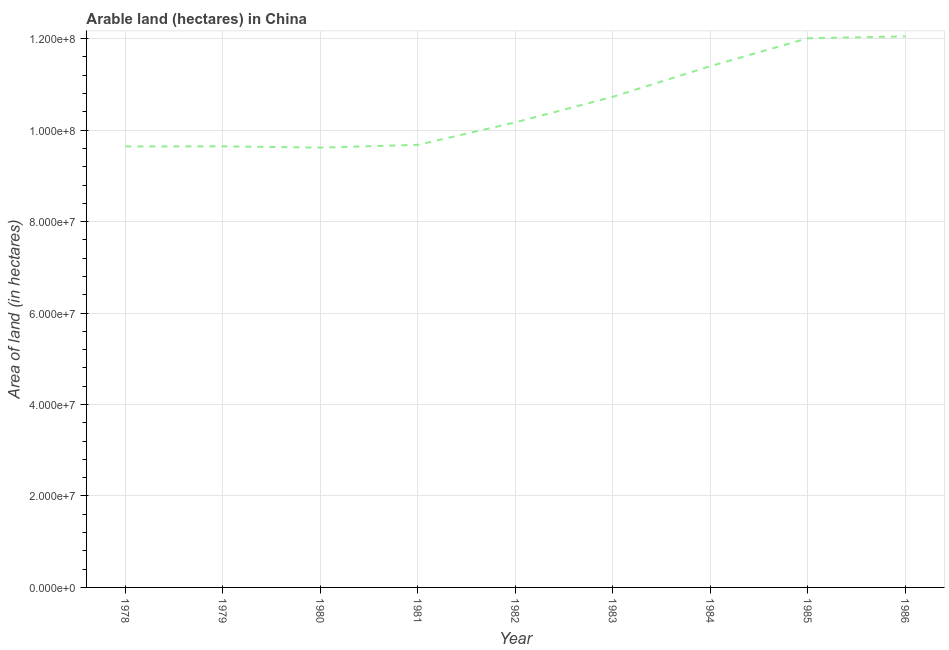
| Year | Area of land |
 | --- | --- |
 | 1978 | 9.64e+07 |
 | 1979 | 9.65e+07 |
 | 1980 | 9.62e+07 |
 | 1981 | 9.68e+07 |
 | 1982 | 1.02e+08 |
 | 1983 | 1.07e+08 |
 | 1984 | 1.14e+08 |
 | 1985 | 1.2e+08 |
 | 1986 | 1.20e+08 |